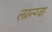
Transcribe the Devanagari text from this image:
लान्ग्वा